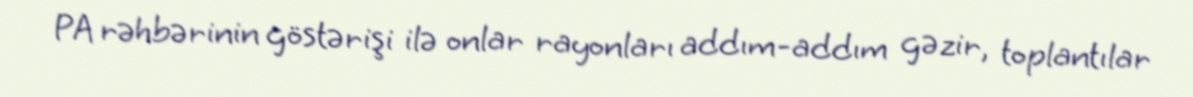
PA rəhbərinin göstərişi ilə onlar rayonları addım-addım gəzir, toplantılar